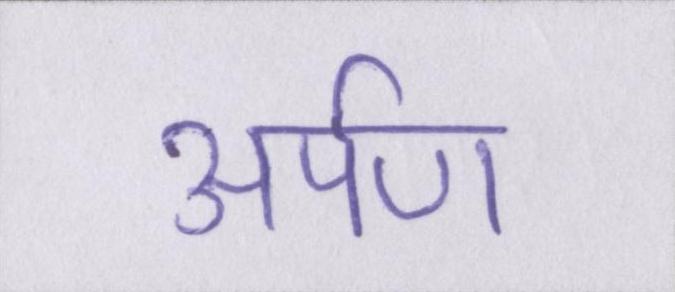
अर्पण